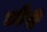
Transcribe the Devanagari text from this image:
उड़ेरी